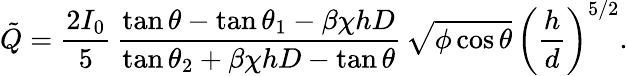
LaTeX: \tilde{Q}=\frac{2I_{0}}{5}\, \frac{\tan\theta-\tan\theta_{1}-\beta\chi hD}{\tan\theta_{2}+\beta\chi hD-\tan\theta}\, \sqrt{\phi\cos\theta}\, \left(\frac{h}{d}\right)^{5/2}.